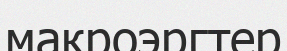
макроэргтер